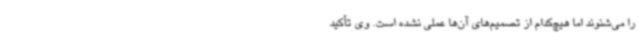
را می‌شنوند اما هیچ‌کدام از تصمیم‌های آن‌ها عملی نشده است. وی تأکید